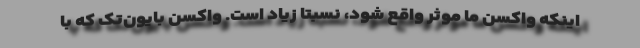
اینکه واکسن ما موثر واقع شود، نسبتا زیاد است. واکسن بایون‌تک که با